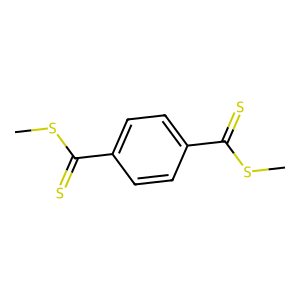
SMILES: CSC(=S)c1ccc(C(=S)SC)cc1
Inhibits HIV replication: No